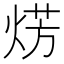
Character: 𤊊